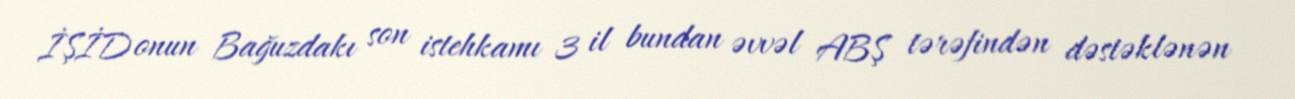
İŞİD onun Bağuzdakı son istehkamı 3 il bundan əvvəl ABŞ tərəfindən dəstəklənən